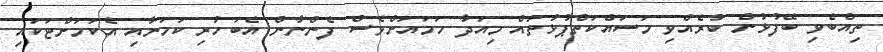
ތިއްބެވި ބޭފުޅުން ކުރެއްވި މަސައްކަތްޕުޅުތައް މިއަދާ ހަމައަށްވެސް ފެންނާން އެބަހުރި ކަމަށާއި އެކަމަށްޓަކައި